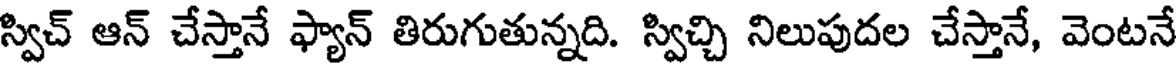
స్విచ్ ఆన్ చేస్తానే ఫ్యాన్ తిరుగుతున్నది. స్విచ్చి నిలుపుదల చేస్తానే, వెంటనే